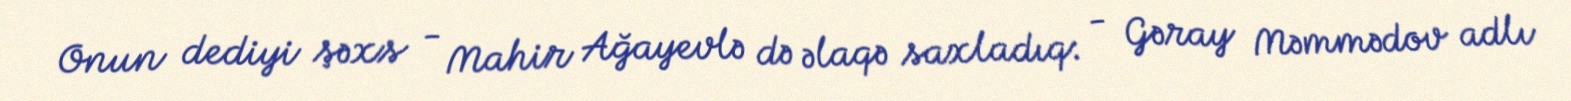
Onun dediyi şəxs - Mahir Ağayevlə də əlaqə saxladıq: - Gəray Məmmədov adlı